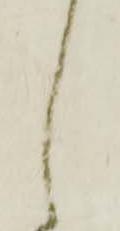
し